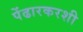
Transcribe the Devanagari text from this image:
पेंढारकरशी